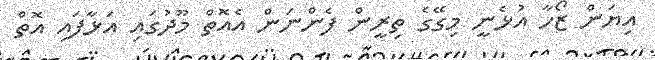
އިޔަން ޒޯހާ އުޅެނީ މިގޭގެ ތިރީން ފެންނަން އެއޮތް މޫދުގައި އަޅާފައި އޮތް